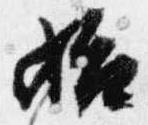
始